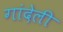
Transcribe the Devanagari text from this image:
गांदेली